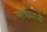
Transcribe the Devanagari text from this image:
भांषांमध्ये